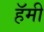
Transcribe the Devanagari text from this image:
हॅमी